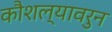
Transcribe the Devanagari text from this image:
कौशल्यावरुन